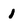
Character: 1